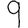
Digit: 9